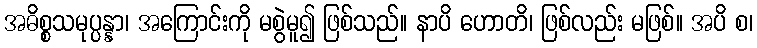
အဓိစ္စသမုပ္ပန္နာ၊ အကြောင်းကို မစွဲမူ၍ ဖြစ်သည်။ နာပိ ဟောတိ၊ ဖြစ်လည်း မဖြစ်။ အပိ စ၊